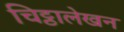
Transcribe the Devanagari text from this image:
चिट्ठालेखन